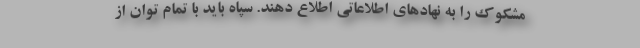
مشکوک را به نهادهای اطلاعاتی اطلاع دهند. سپاه باید با تمام توان از